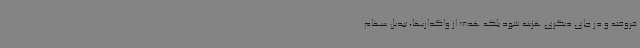
فروخته و در جای دیگری هزینه شود بلکه هدف از واگذاریها، تبدیل سهام